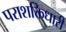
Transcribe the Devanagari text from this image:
पराशक्तिधारी